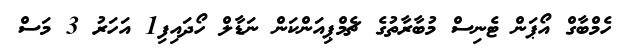
ހެމްބާގް އޯޕަން ޓެނިސް މުބާރާތުގެ ޗެމްޕިއަންކަން ނަޑާލް ހޯދައިފި1 އަހަރު 3 މަސް